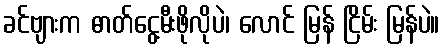
ခင်ဗျားက ဓာတ်ငွေ့မီးဖိုလိုပဲ၊ လောင် မြန် ငြိမ်း မြန်ပဲ။